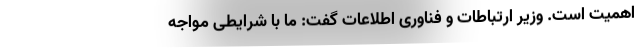
اهمیت است. وزیر ارتباطات و فناوری اطلاعات گفت: ما با شرایطی مواجه